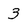
Character: 3